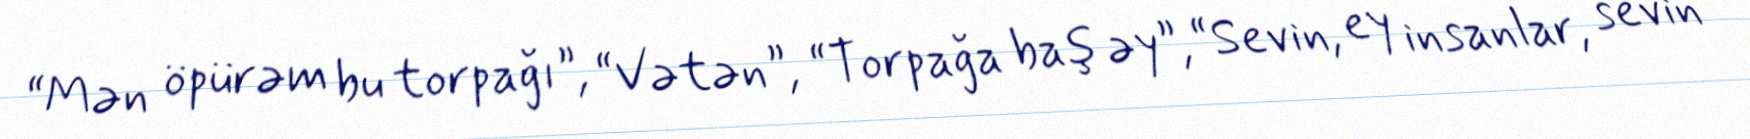
“Mən öpürəm bu torpağı”, “Vətən”, “Torpağa baş əy”, “Sevin, ey insanlar, sevin